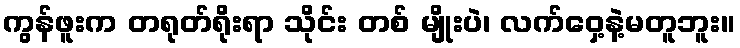
ကွန်ဖူးက တရုတ်ရိုးရာ သိုင်း တစ် မျိုးပဲ၊ လက်ဝှေ့နဲ့မတူဘူး။